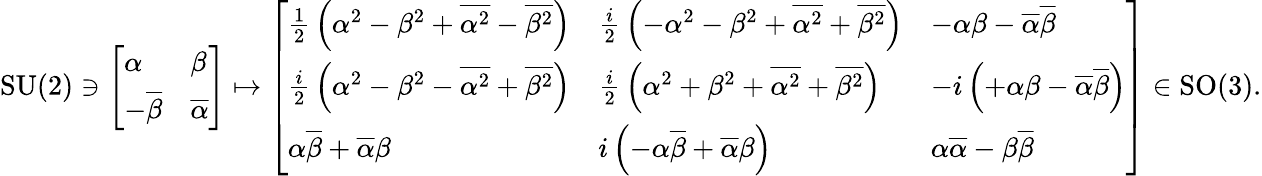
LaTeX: \mathrm{SU}(2)\ni{\left[\begin{array}{ll}{\alpha}&{\beta}\\ {-{\overline{{\beta}}}}&{{\overline{{\alpha}}}}\end{array}\right]}\mapsto{\left[\begin{array}{lll}{{\frac{1}{2}}\left(\alpha^{2}-\beta^{2}+{\overline{{\alpha^{2}}}}-{\overline{{\beta^{2}}}}\right)}&{{\frac{i}{2}}\left(-\alpha^{2}-\beta^{2}+{\overline{{\alpha^{2}}}}+{\overline{{\beta^{2}}}}\right)}&{-\alpha\beta-{\overline{{\alpha}}}{\overline{{\beta}}}}\\ {{\frac{i}{2}}\left(\alpha^{2}-\beta^{2}-{\overline{{\alpha^{2}}}}+{\overline{{\beta^{2}}}}\right)}&{{\frac{i}{2}}\left(\alpha^{2}+\beta^{2}+{\overline{{\alpha^{2}}}}+{\overline{{\beta^{2}}}}\right)}&{-i\left(+\alpha\beta-{\overline{{\alpha}}}{\overline{{\beta}}}\right)}\\ {\alpha{\overline{{\beta}}}+{\overline{{\alpha}}}\beta}&{i\left(-\alpha{\overline{{\beta}}}+{\overline{{\alpha}}}\beta\right)}&{\alpha{\overline{{\alpha}}}-\beta{\overline{{\beta}}}}\end{array}\right]}\in\mathrm{SO}(3).